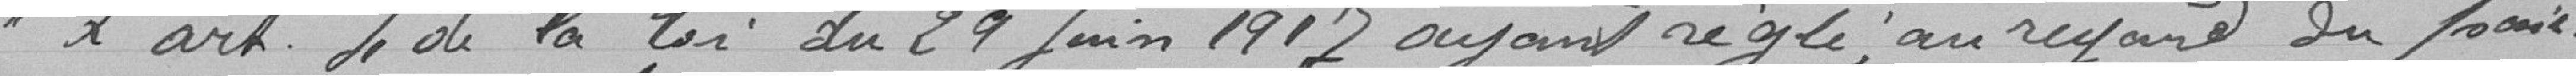
L'article 4 de la loi du 29 juin, 1917 ayant réglé en regard du paie-